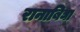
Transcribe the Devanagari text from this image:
रानाबिघा